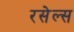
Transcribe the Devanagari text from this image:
रसेल्स